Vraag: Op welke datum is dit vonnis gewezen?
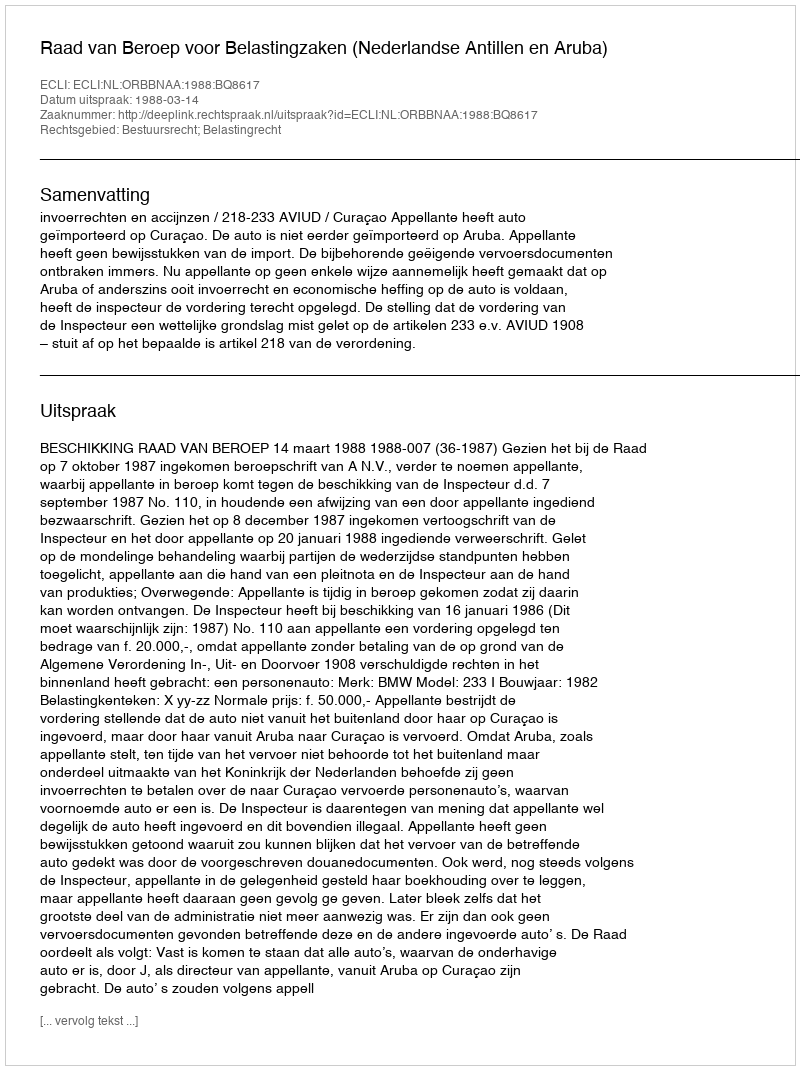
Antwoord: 1988-03-14